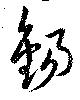
錫